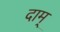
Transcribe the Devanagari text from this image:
दाम्